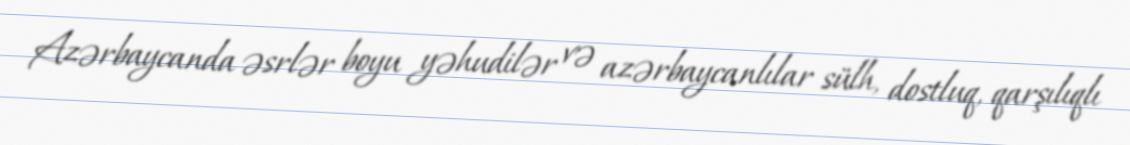
Azərbaycanda əsrlər boyu yəhudilər və azərbaycanlılar sülh, dostluq, qarşılıqlı